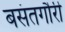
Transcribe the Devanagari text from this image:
बसंतगौरी